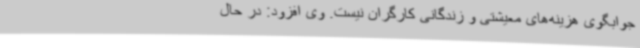
جوابگوی هزینه‌های معیشتی و زندگانی کارگران نیست. وی افزود: در حال